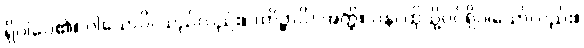
ရှိပါပေ၏။ ဝါယောပိ၊ သည်လည်း။ (ကိဉ္စာပိ) အတ္ထိ။ ပန၊ ထိုသို့ပင်ရှိပါသော်လည်း။